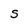
Character: S